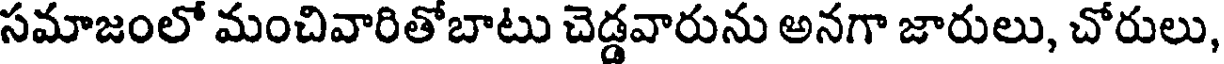
సమాజంలో మంచివారితోబాటు చెడ్డవారును అనగా జారులు, చోరులు,